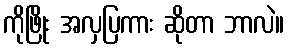
ကိုဖြိုး အလှပြကား ဆိုတာ ဘာလဲ။